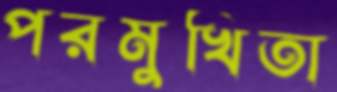
পরমুখিতা